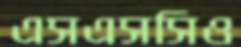
এসএসসিও